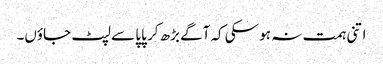
اتنی ہمت نہ ہو سکی کہ آگے بڑھ کر پاپا سے لپٹ جاؤں۔